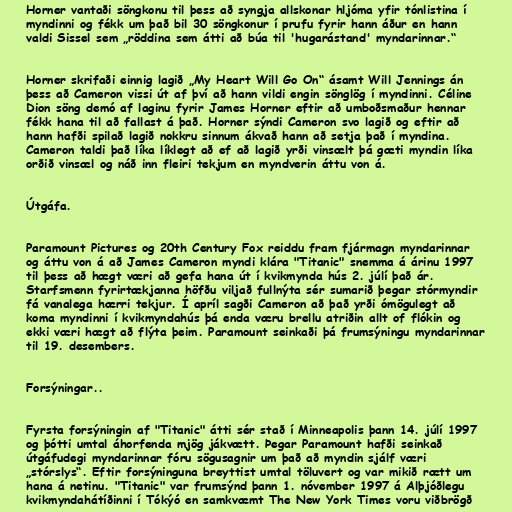
Horner vantaði söngkonu til þess að syngja allskonar hljóma yfir tónlistina í
myndinni og fékk um það bil 30 söngkonur í prufu fyrir hann áður en hann
valdi Sissel sem „röddina sem átti að búa til 'hugarástand' myndarinnar.“

Horner skrifaði einnig lagið „My Heart Will Go On“ ásamt Will Jennings án
þess að Cameron vissi út af því að hann vildi engin sönglög í myndinni. Céline
Dion söng demó af laginu fyrir James Horner eftir að umboðsmaður hennar
fékk hana til að fallast á það. Horner sýndi Cameron svo lagið og eftir að
hann hafði spilað lagið nokkru sinnum ákvað hann að setja það í myndina.
Cameron taldi það líka líklegt að ef að lagið yrði vinsælt þá gæti myndin líka
orðið vinsæl og náð inn fleiri tekjum en myndverin áttu von á.

Útgáfa.

Paramount Pictures og 20th Century Fox reiddu fram fjármagn myndarinnar
og áttu von á að James Cameron myndi klára "Titanic" snemma á árinu 1997
til þess að hægt væri að gefa hana út í kvikmynda hús 2. júlí það ár.
Starfsmenn fyrirtækjanna höfðu viljað fullnýta sér sumarið þegar stórmyndir
fá vanalega hærri tekjur. Í apríl sagði Cameron að það yrði ómögulegt að
koma myndinni í kvikmyndahús þá enda væru brellu atriðin allt of flókin og
ekki væri hægt að flýta þeim. Paramount seinkaði þá frumsýningu myndarinnar
til 19. desembers.

Forsýningar..

Fyrsta forsýningin af "Titanic" átti sér stað í Minneapolis þann 14. júlí 1997
og þótti umtal áhorfenda mjög jákvætt. Þegar Paramount hafði seinkað
útgáfudegi myndarinnar fóru sögusagnir um það að myndin sjálf væri
„stórslys“. Eftir forsýninguna breyttist umtal töluvert og var mikið rætt um
hana á netinu. "Titanic" var frumsýnd þann 1. nóvember 1997 á Alþjóðlegu
kvikmyndahátíðinni í Tókýó en samkvæmt The New York Times voru viðbrögð